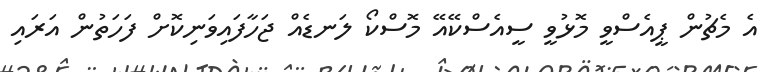
އެ މެޗުން ޕީއެސްވީ މޮޅުވީ ސީއެސްކޭއޭ މޮސްކޯ ލަނޑެއް ޖަހާފައިވަނިކޮށް ފަހަތުން އަރައި